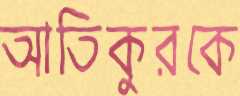
আতিকুরকে